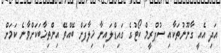
އަދި އެއީ ގާނޫނުތަކާއި ސުޕްރީމް ކޯޓުގެ ގައިޑްލައިނާ ޚިލާފަށް ބޭއްވޭ އިންތިޚާބަކަށްވާނެ ކަމަށް